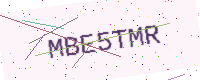
Text: MBE5TMR